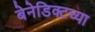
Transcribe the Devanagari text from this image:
बेनेडिक्टच्या